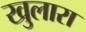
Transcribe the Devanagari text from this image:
खुलारा